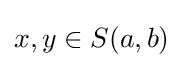
x,y\in S(a,b)